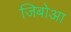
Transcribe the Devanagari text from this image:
जिबोआ